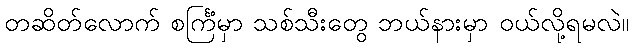
တဆိတ်လောက် စင်္ကြံမှာ သစ်သီးတွေ ဘယ်နားမှာ ဝယ်လို့ရမလဲ။